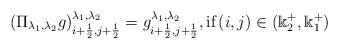
LaTeX: \begin{align*}\left(\Pi_{\lambda_1,\lambda_2}g\right)^{\lambda_1,\lambda_2}_{i+\frac{1}{2},j+\frac{1}{2}} = g^{\lambda_1,\lambda_2}_{i+\frac{1}{2},j+\frac{1}{2}}, \mbox{if} \left(i,j\right) \in (\Bbbk_2^+,\Bbbk_1^+)\end{align*}